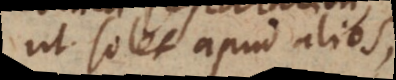
ut solet apud alios,